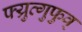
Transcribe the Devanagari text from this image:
फ्य्रुत्गुफुव्